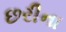
છરીના